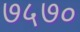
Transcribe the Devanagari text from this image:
७५७०